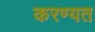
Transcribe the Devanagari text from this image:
करण्यत